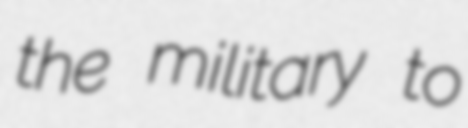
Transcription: the military to